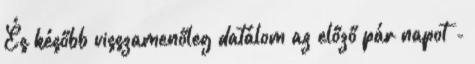
És később visszamenőleg datálom az előző pár napot -